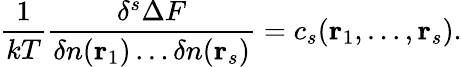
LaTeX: {\frac{1}{kT}}{\frac{\delta^{s}\Delta F}{\delta n(\mathbf{r}_{1})\dots\delta n(\mathbf{r}_{s})}}=c_{s}(\mathbf{r}_{1},\dots,\mathbf{r}_{s}).